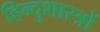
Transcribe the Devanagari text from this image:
हिन्दुशास्त्रों